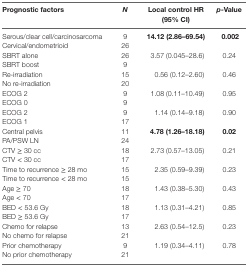
| Prognostic factors | N | Local control HR (95% CI) | p-Value |
 | --- | --- | --- | --- |
 | Serous/clear cell/carcinosarcoma | 9 | <ROWSPAN=2> 14.12 (2.86–69.54) | <ROWSPAN=2> 0.002 |
 | Cervical/endometrioid | 26 |
 | SBRT alone | 26 | <ROWSPAN=2> 3.57 (0.045–28.6) | <ROWSPAN=2> 0.24 |
 | SBRT boost | 9 |
 | Re-irradiation | 15 | <ROWSPAN=2> 0.56 (0.12–2.60) | <ROWSPAN=2> 0.46 |
 | No re-irradiation | 20 |
 | ECOG 2 | 9 | <ROWSPAN=2> 1.08 (0.11–10.49) | <ROWSPAN=2> 0.95 |
 | ECOG 0 | 9 |
 | ECOG 2 | 9 | <ROWSPAN=2> 1.14 (0.14–9.18) | <ROWSPAN=2> 0.90 |
 | ECOG 1 | 17 |
 | Central pelvis | 11 | <ROWSPAN=2> 4.78 (1.26–18.18) | <ROWSPAN=2> 0.02 |
 | PA/PSW LN | 24 |
 | CTV ≥ 30 cc | 18 | <ROWSPAN=2> 2.73 (0.57–13.05) | <ROWSPAN=2> 0.21 |
 | CTV < 30 cc | 17 |
 | Time to recurrence ≥ 28 mo | 15 | <ROWSPAN=2> 2.35 (0.59–9.39) | <ROWSPAN=2> 0.23 |
 | Time to recurrence < 28 mo | 15 |
 | Age ≥ 70 | 18 | <ROWSPAN=2> 1.43 (0.38–5.30) | <ROWSPAN=2> 0.43 |
 | Age < 70 | 17 |
 | BED < 53.6 Gy | 18 | <ROWSPAN=2> 1.13 (0.31–4.21) | <ROWSPAN=2> 0.85 |
 | BED ≥ 53.6 Gy | 17 |
 | Chemo for relapse | 13 | <ROWSPAN=2> 2.63 (0.54–12.5) | <ROWSPAN=2> 0.23 |
 | No chemo for relapse | 21 |
 | Prior chemotherapy | 9 | <ROWSPAN=2> 1.19 (0.34–4.11) | <ROWSPAN=2> 0.78 |
 | No prior chemotherapy | 21 |